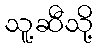
သူ့ဆီသို့